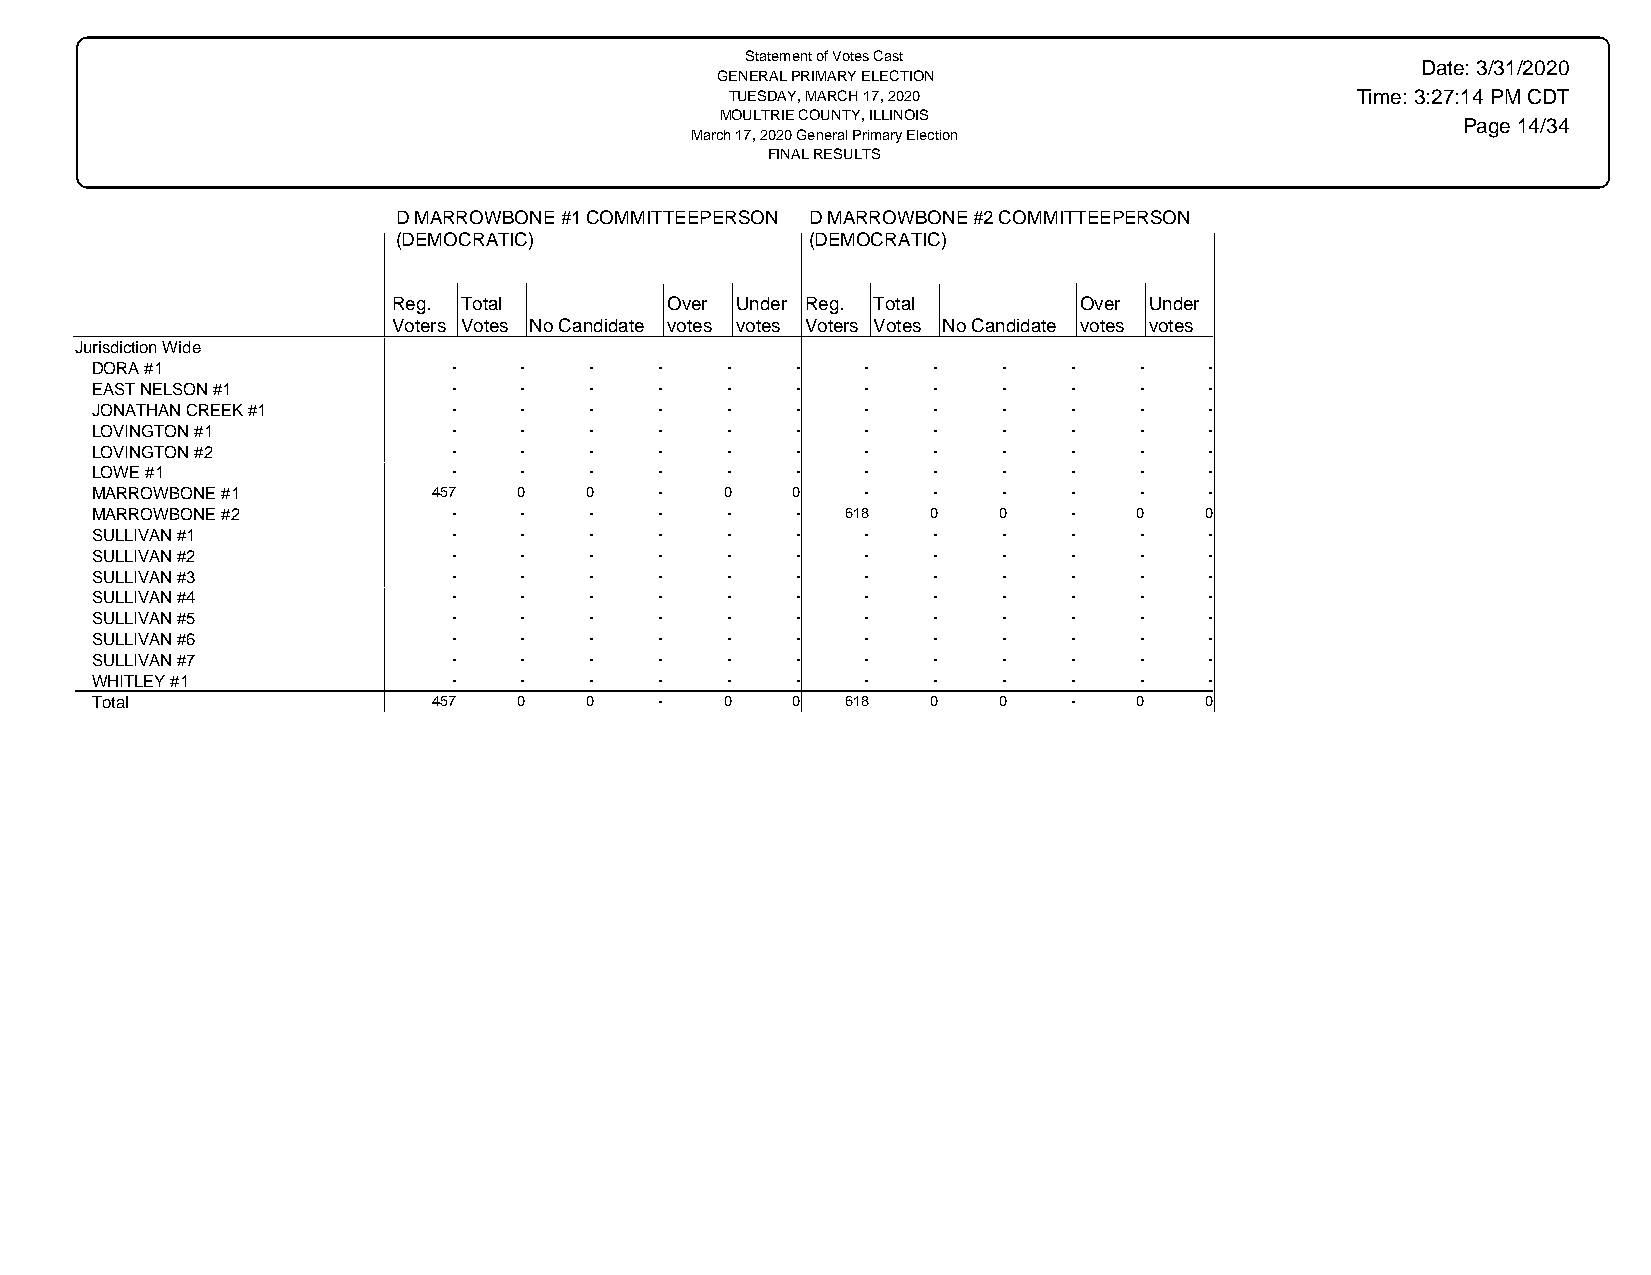
Statement of Votes Cast
 Date: 3/31/2020
 GENERAL PRIMARY ELECTION
 TUESDAY, MARCH 17, 2020                   Time: 3:27:14 PM CDT
 MOULTRIE COUNTY, ILLINOIS
 Page 14/34
 March 17, 2020 General Primary Election
 FINAL RESULTS
 D MARROWBONE #1 COMMITTEEPERSON D MARROWBONE #2 COMMITTEEPERSON
 (DEMOCRATIC)                (DEMOCRATIC)
 Reg. Total        Over Under Reg. Total      Over Under
 Voters Votes No Candidate votes votes Voters Votes No Candidate votes votes
 Jurisdiction Wide
 DORA #1                 -   -    -    -   -    -   -    -   -    -   -    -
 EAST NELSON #1          -   -    -    -   -    -   -    -   -    -   -    -
 JONATHAN CREEK #1       -   -    -    -   -    -   -    -   -    -   -    -
 LOVINGTON #1            -   -    -    -   -    -   -    -   -    -   -    -
 LOVINGTON #2            -   -    -    -   -    -   -    -   -    -   -    -
 LOWE #1                 -   -    -    -   -    -   -    -   -    -   -    -
 MARROWBONE #1          457  0    0    -   0   0    -    -   -    -   -    -
 MARROWBONE #2           -   -    -    -   -    -  618   0   0    -   0    0
 SULLIVAN #1             -   -    -    -   -    -   -    -   -    -   -    -
 SULLIVAN #2             -   -    -    -   -    -   -    -   -    -   -    -
 SULLIVAN #3             -   -    -    -   -    -   -    -   -    -   -    -
 SULLIVAN #4             -   -    -    -   -    -   -    -   -    -   -    -
 SULLIVAN #5             -   -    -    -   -    -   -    -   -    -   -    -
 SULLIVAN #6             -   -    -    -   -    -   -    -   -    -   -    -
 SULLIVAN #7             -   -    -    -   -    -   -    -   -    -   -    -
 WHITLEY #1              -   -    -    -   -    -   -    -   -    -   -    -
 Total                  457  0    0    -   0   0   618   0   0    -   0    0